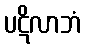
ပဋိလာဘံ